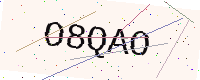
Text: O8QAO